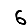
Digit: 6